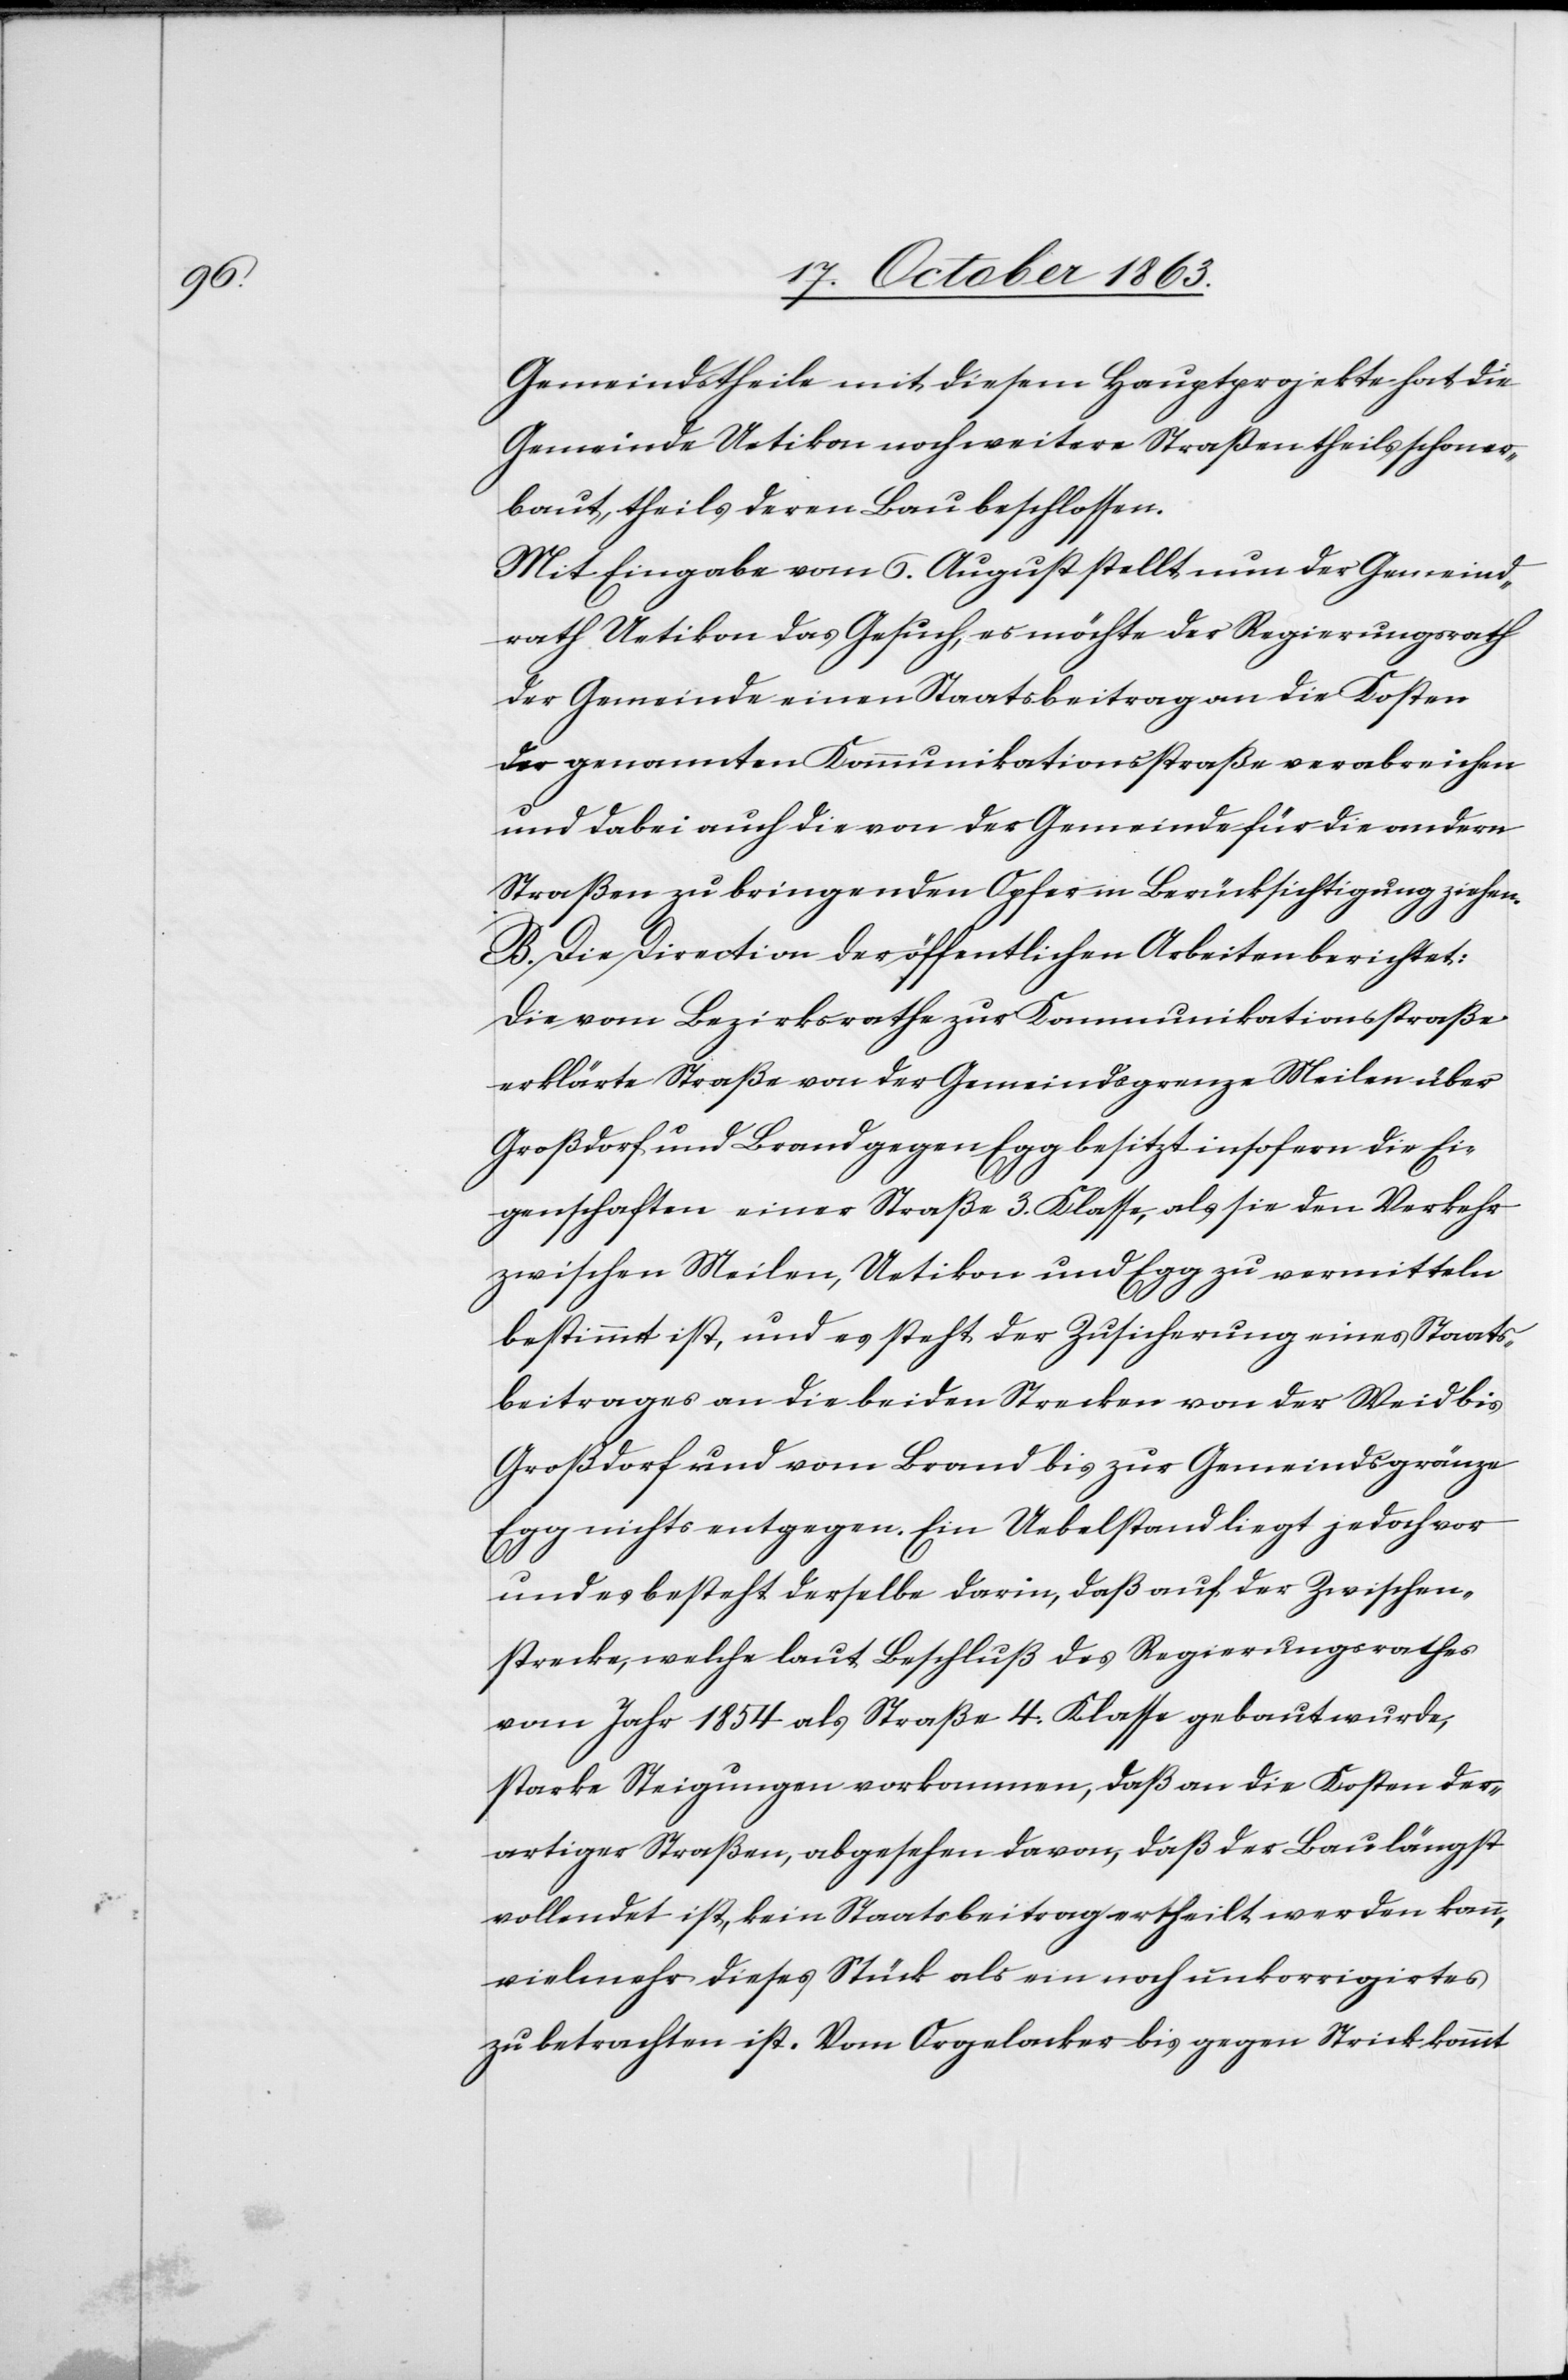
Gemeindstheile mit diesem Hauptprojekte hat die
Gemeinde Uetikon noch weitere Straßen theils schon er¬
baut, theils deren Bau beschlossen.
Mit Eingabe vom 6. August stellt nun der Gemeind¬
rath Uetikon das Gesuch, es möchte der Regierungsrath
der Gemeinde einen Staatsbeitrag an die Kosten
der genannten Kommunikationsstraße verabreichen
und dabei auch die von der Gemeinde für die andern
Straßen zu bringenden Opfer in Berücksichtigung ziehen.
B. Die Direktion der öffentlichen Arbeiten berichtet:
Die vom Bezirksrathe zur Kommunikationsstraße
erklärte Straße von der Gemeindsgrenze Meilen über
Großdorf und Brand gegen Egg besitzt insofern die Ei¬
genschaften einer Straße 3. Klasse, als sie den Verkehr
zwischen Meilen, Uetikon und Egg zu vermitteln
bestimmt ist, und es steht der Zusicherung eines Staats¬
beitrages an die beiden Strecken von der Weid bis
Großdorf und vom Brand bis zur Gemeindsgränze
Egg nichts entgegen. Ein Uebelstand liegt jedoch vor
und es besteht derselbe darin, daß auf der Zwischen¬
strecke, welche laut Beschluß des Regierungsrathes
vom Jahr 1854 als Straße 4. Klasse gebaut wurde,
starke Steigungen vorkommen, daß an die Kosten der¬
artiger Straßen, abgesehen davon, daß der Bau längst
vollendet ist, kein Staatsbeitrag ertheilt werden kann,
vielmehr dieses Stück als ein noch unkorrigirtes
zu betrachten ist. Vom Orgelacker bis gegen Strick kommt